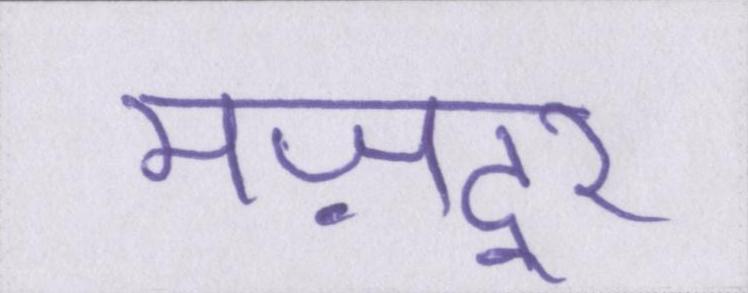
मज़दूर